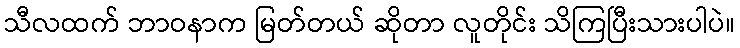
သီလထက် ဘာဝနာက မြတ်တယ် ဆိုတာ လူတိုင်း သိကြပြီးသားပါပဲ။